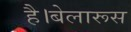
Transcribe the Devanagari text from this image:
है।बेलारूस